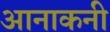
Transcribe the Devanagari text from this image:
आनाकनी